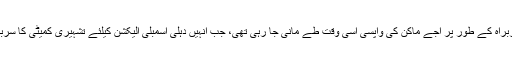
دہلی پردیش سربراہ کے طور پر اجے ماکن کی واپسی اسی وقت طے مانی جا رہی تھی، جب انہیں دہلی اسمبلی الیکشن کیلئے تشہیری کمیٹی کا سربراہ بنایا گیا تھا۔